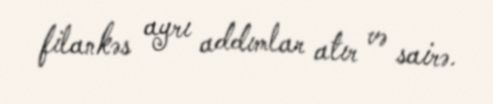
filankəs ayrı addımlar atır və sairə.